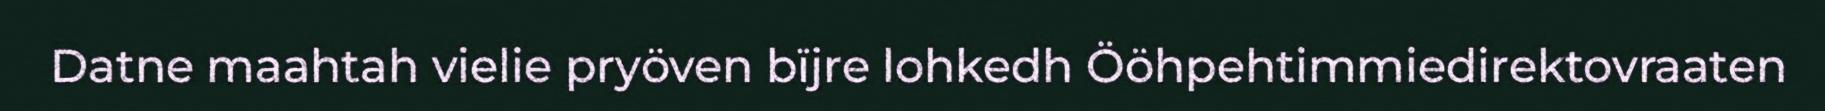
Datne maahtah vielie pryöven bïjre lohkedh Ööhpehtimmiedirektovraaten